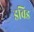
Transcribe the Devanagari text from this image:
डविड